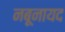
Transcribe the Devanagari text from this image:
नबूनायद